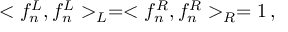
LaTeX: < f _ { n } ^ { L } , f _ { n } ^ { L } > _ { L } = < f _ { n } ^ { R } , f _ { n } ^ { R } > _ { R } = 1 \, ,